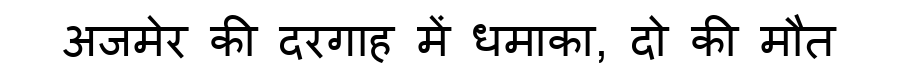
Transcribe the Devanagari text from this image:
अजमेर की दरगाह में धमाका, दो की मौत